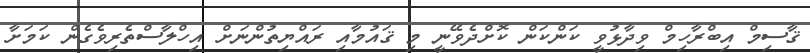
ޤާސިމް އިބްރާހިމް ވިދާޅުވީ ކަންކަން ކޮށްދެވޭނީ މި ޤައުމާއި ރައްޔިތުންނަށް އިހްލާސްތެރިވެގެން ކަމަށާ